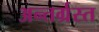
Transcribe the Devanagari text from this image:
अन्‍तर्ग्रस्‍त